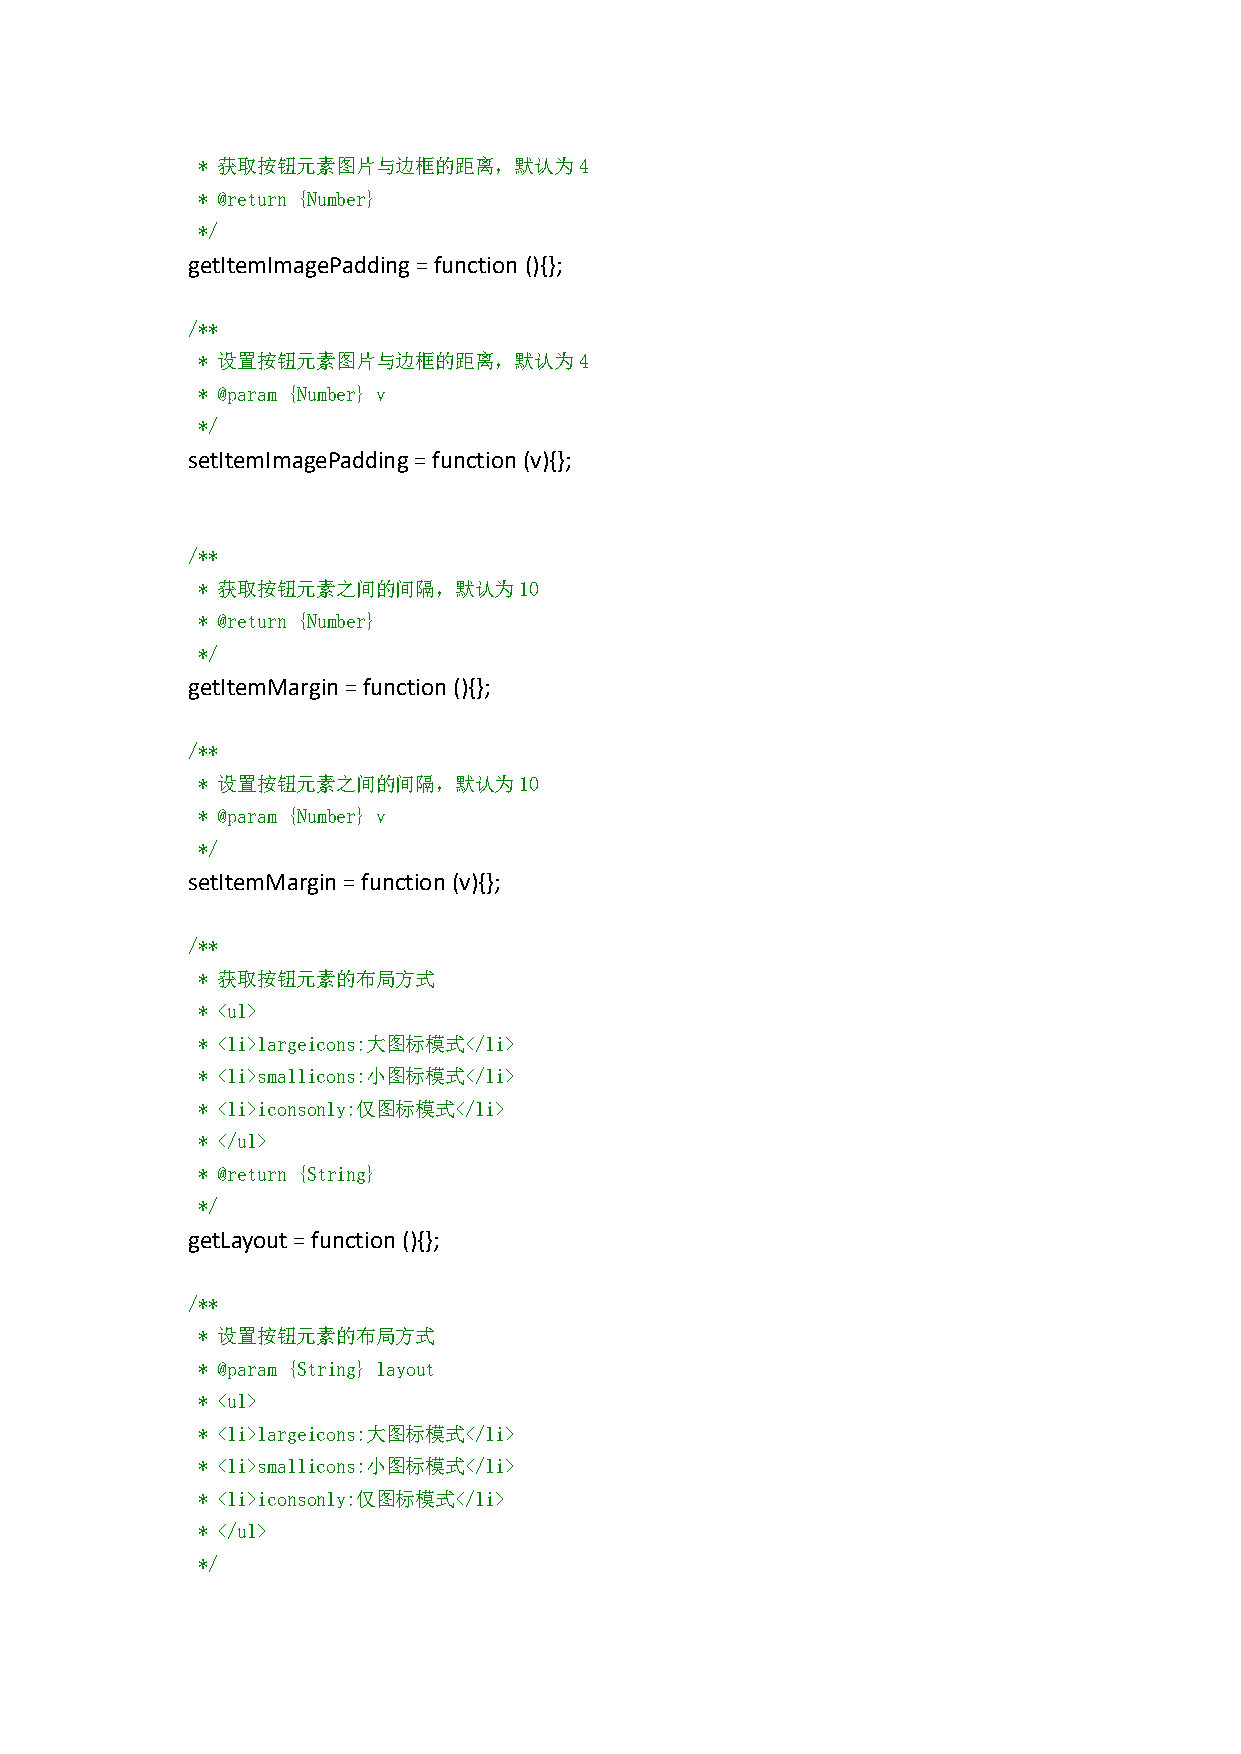
* 获取按钮元素图片与边框的距离，默认为4
 * @return {Number}
 */
 getItemImagePadding=function (){};
 /**
 * 设置按钮元素图片与边框的距离，默认为4
 * @param {Number} v
 */
 setItemImagePadding=function(v){};
 /**
 * 获取按钮元素之间的间隔，默认为10
 * @return {Number}
 */
 getItemMargin=function(){};
 /**
 * 设置按钮元素之间的间隔，默认为10
 * @param {Number} v
 */
 setItemMargin=function(v){};
 /**
 * 获取按钮元素的布局方式
 * <ul>
 * <li>largeicons:大图标模式</li>
 * <li>smallicons:小图标模式</li>
 * <li>iconsonly:仅图标模式</li>
 * </ul>
 * @return {String}
 */
 getLayout=function (){};
 /**
 * 设置按钮元素的布局方式
 * @param {String} layout
 * <ul>
 * <li>largeicons:大图标模式</li>
 * <li>smallicons:小图标模式</li>
 * <li>iconsonly:仅图标模式</li>
 * </ul>
 */